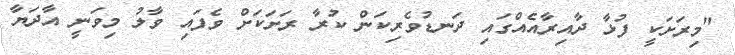
"މިރަށަކީ ފުޅާ ދާއިރާއެއްގައި ދަނޑުވެރިކަން ކުރާ ރަށަކަށް ވެފައި ވާލު މިވަނީ އާދަޔާ